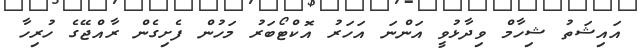
އައިޝަތު ޝިހާމް ވިދާޅުވީ އަންނަ އަހަރު އޮކްޓޯބަރު މަހުން ފެށިގެން ރާއްޖޭގެ ހުރިހާ